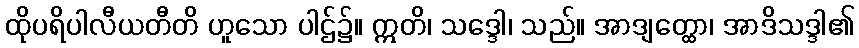
ထိုပရိပါလီယတီတိ ဟူသော ပါဌ်၌။ ဣတိ၊ သဒ္ဒေါ၊ သည်။ အာဒျတ္ထော၊ အာဒိသဒ္ဒါ၏